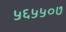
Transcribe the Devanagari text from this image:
५६५५०७